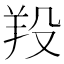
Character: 羖